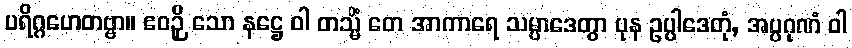
ပရိဂ္ဂဟေတဗ္ဗာ။ ဧဝဉှိ သော နဋ္ဌေ ဝါ တသ္မိံ တေ အာကာရေ သမ္ပာဒေတွာ ပုန ဥပ္ပါဒေတုံ, အပ္ပဂုဏံ ဝါ